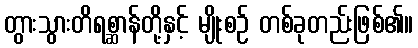
တွားသွားတိရစ္ဆာန်တို့နှင့် မျိုးစဉ် တစ်ခုတည်းဖြစ်၏။